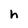
Character: h